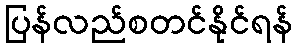
ပြန်လည်စတင်နိုင်ရန်